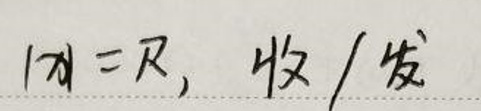
\vert x \vert = R,  \frac{\text{收}}{\text{发}}